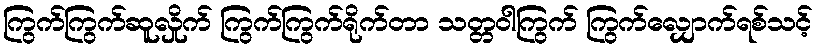
ကြွက်ကြွက်ဆူလှိုက် ကြွက်ကြွက်ရိုက်တာ သတ္တဝါကြွက် ကြွက်လျှောက်ရစ်သင့်